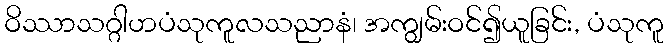
ဝိဿာသဂ္ဂါဟပံသုကူလသညာနံ၊ အကျွမ်းဝင်၍ယူခြင်း, ပံသုကူ